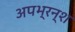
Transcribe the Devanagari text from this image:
अपभ्रन्‍श